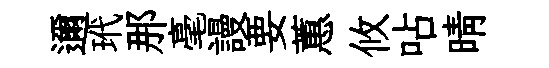
邇玳那毫謾要蕙攸呫晴